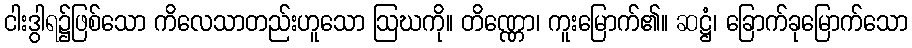
ငါးဒွါရ၌ဖြစ်သော ကိလေသာတည်းဟူသော ဩဃကို။ တိဏ္ဏော၊ ကူးမြောက်၏။ ဆဋ္ဌံ၊ ခြောက်ခုမြောက်သော